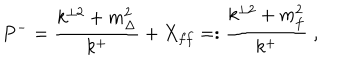
LaTeX: P ^ { - } = \frac { k ^ { \perp 2 } + m _ { \Delta } ^ { 2 } } { k ^ { + } } + X _ { f f } = : \frac { k ^ { \perp 2 } + m _ { f } ^ { 2 } } { k ^ { + } } \; ,